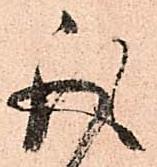
取